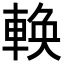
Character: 𬧸